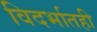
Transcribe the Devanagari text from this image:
विदर्भातही